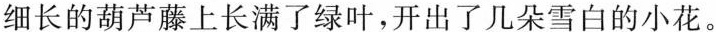
细长的葫芦藤上长满了绿叶，开出了几朵雪白的小花。